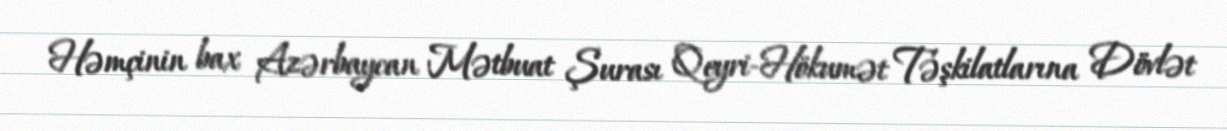
Həmçinin bax Azərbaycan Mətbuat Şurası Qeyri-Hökumət Təşkilatlarına Dövlət